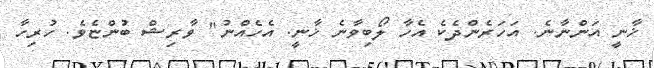
ޚާނީ އަންނާނެ. އަހަރެންދެކެ އެހާ ލޯބިވާނެ ޚާނީ. އެހެއްނު" ވާރިޝް ބުންޏެވެ. ހުރިހާ